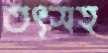
তৎসহ